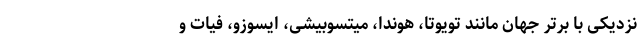
نزدیکی با برتر جهان مانند تویوتا، هوندا، میتسوبیشی، ایسوزو، فیات و